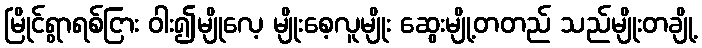
မြိုင်ရွာရစ်ငြား ဝါး၍မျိုလေ့ မျိုးစေ့လူမျိုး ဆွေးမျို့တတည် သည်မျိုးတချို့